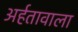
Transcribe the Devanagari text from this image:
अर्हतावाला